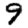
Digit: 9